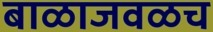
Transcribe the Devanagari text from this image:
बाळाजवळच